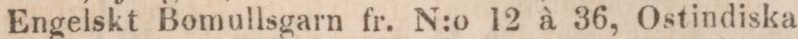
Engelskt Bomullsgarn fr. N;o 12 à 36, Ostindiska